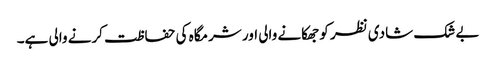
بے شک شادی نظر کو جھکانے والی اور شرمگاہ کی حفاظت کرنے والی ہے۔